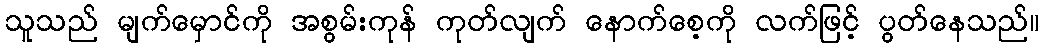
သူသည် မျက်မှောင်ကို အစွမ်းကုန် ကုတ်လျက် နောက်စေ့ကို လက်ဖြင့် ပွတ်နေသည်။